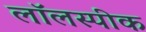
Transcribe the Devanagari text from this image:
लॉलस्पीक